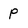
Character: p